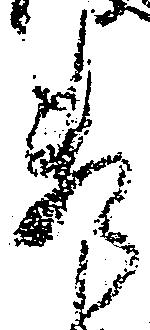
料